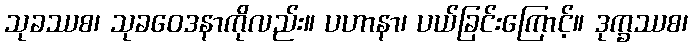
သုခဿစ၊ သုခဝေဒနာကိုလည်း။ ပဟာနာ၊ ပယ်ခြင်းကြောင့်။ ဒုက္ခဿစ၊